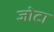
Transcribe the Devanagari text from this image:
जोटा